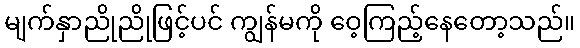
မျက်နှာညိုညိုဖြင့်ပင် ကျွန်မကို ဝေ့ကြည့်နေတော့သည်။